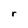
Character: r